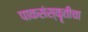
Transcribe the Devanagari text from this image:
पाकसंस्कॄतीचा